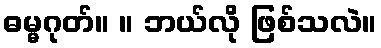
ဓမ္မဂုတ်။ ။ ဘယ်လို ဖြစ်သလဲ။